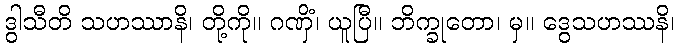
ဒွါသီတိ သဟဿာနိ၊ တို့ကို။ ဂဏှိံ၊ ယူပြီ။ ဘိက္ခုတော၊ မှ။ ဒွေသဟဿနိ၊